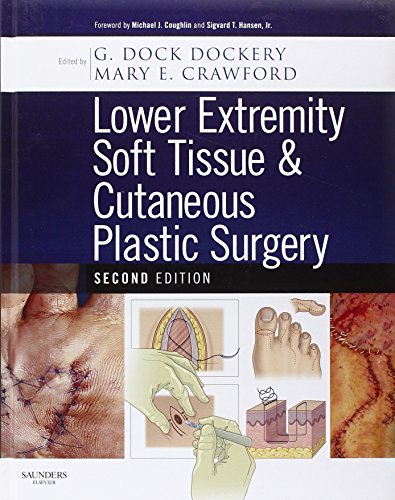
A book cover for Lower Extremity Soft Tissue & Cutaneous Plastic Surgery, 2e; G Dock Dockery DPM  FACFAS; Medical Books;